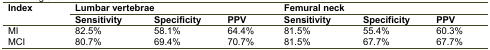
| Index | <COLSPAN=3> Lumbar vertebrae | <COLSPAN=3> Femural neck |
 |  | sensitivity | specificity | PPV | sensitivity | specificity | PPV |
 | --- | --- | --- | --- | --- | --- | --- |
 | MI | 82.5% | 58.1% | 64.4% | 81.5% | 55.4% | 60.3% |
 | MCI | 80.7% | 69.4% | 70.7% | 81.5% | 67.7% | 67.7% |